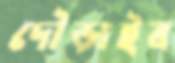
দৌড়াইব